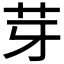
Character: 芽